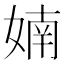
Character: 婻